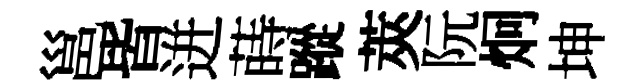
邕皆迸蒔蹤莢阮炯坤